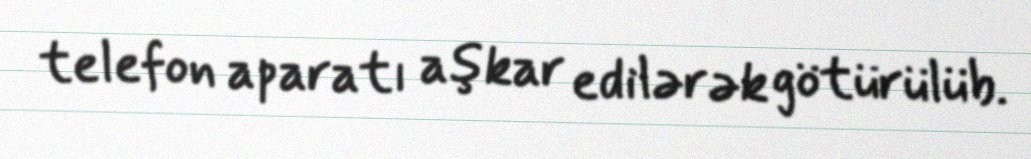
telefon aparatı aşkar edilərək götürülüb.